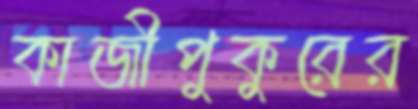
কাজীপুকুরের